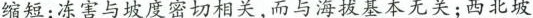
缩短；冻害与坡度密切相关，而与海拔基本无关；西北坡